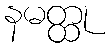
နမတ္ထု